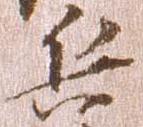
兵